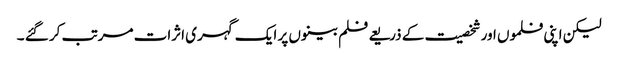
لیکن اپنی فلموں اور شخصیت کے ذریعے فلم بینوں پر ایک گہری اثرات مرتب کر گئے ۔